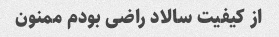
از کیفیت سالاد راضی بودم ممنون